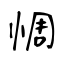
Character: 惆